Scottish Leaving Certificate Examination, 1960
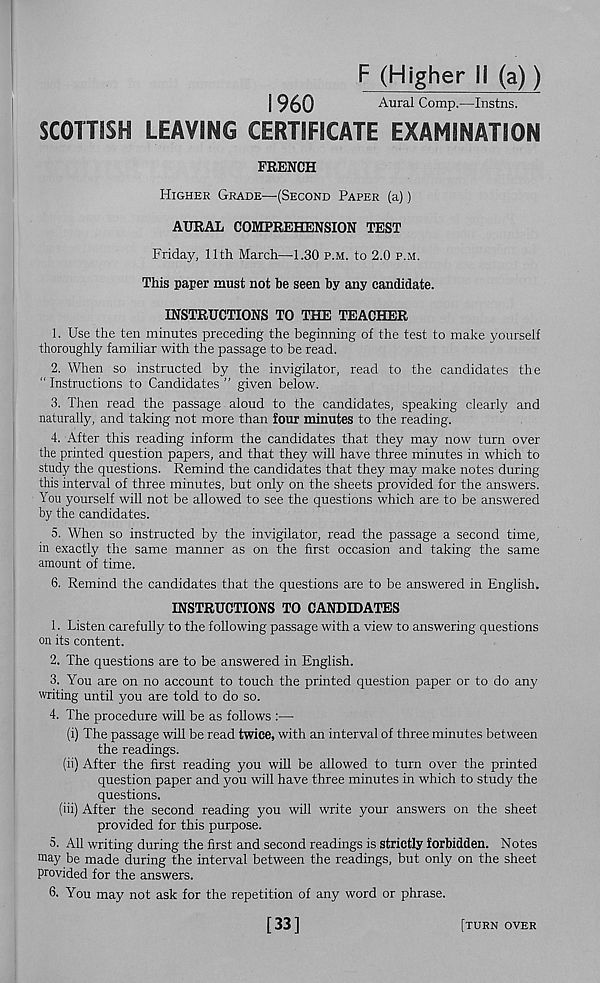
F (Higher II (a))
I960
Aural Comp.—Instns.
SCOTTISH LEAVING CERTIFICATE EXAMINATION
FRENCH
Higher Grade—(Second Paper (a))
AURAL COMPREHENSION TEST
Friday, 11th March—1.30 p.m. to 2.0 p.m.
This paper must not be seen by any candidate.
INSTRUCTIONS TO THE TEACHER
1. Use the ten minutes preceding the beginning of the test to make yourself
thoroughly familiar with the passage to be read.
2. When so instructed by the invigilator, read to the candidates the
“ Instructions to Candidates ” given below.
3. Then read the passage aloud to the candidates, speaking clearly and
naturally, and taking not more than four minutes to the reading.
4. After this reading inform the candidates that they may now turn over
the printed question papers, and that they will have three minutes in which to
study the questions. Remind the candidates that they may make notes during
this interval of three minutes, but only on the sheets provided for the answers.
You yourself will not be allowed to see the questions which are to be answered
by the candidates.
5. When so instructed by the invigilator, read the passage a second time,
in exactly the same manner as on the first occasion and taking the same
amount of time.
6. Remind the candidates that the questions are to be answered in English.
INSTRUCTIONS TO CANDIDATES
1. Listen carefully to the following passage with a view to answering questions
on its content.
2. The questions are to be answered in English.
3. You are on no account to touch the printed question paper or to do any
writing until you are told to do so.
4. The procedure will be as follows :—
(i) The passage will be read twice, with an interval of three minutes between
the readings.
(ii) After the first reading you will be allowed to turn over the printed
question paper and you will have three minutes in which to study the
questions.
(iii) After the second reading you will write your answers on the sheet
provided for this purpose.
5. All writing during the first and second readings is strictly forbidden. Notes
may be made during the interval between the readings, but only on the sheet
provided for the answers.
6- You may not ask for the repetition of any word or phrase.
[33]
[turn over